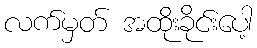
လက်မှတ် အထိုးခိုင်းပေါ့